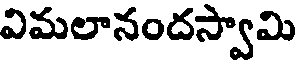
విమలానందస్వామి